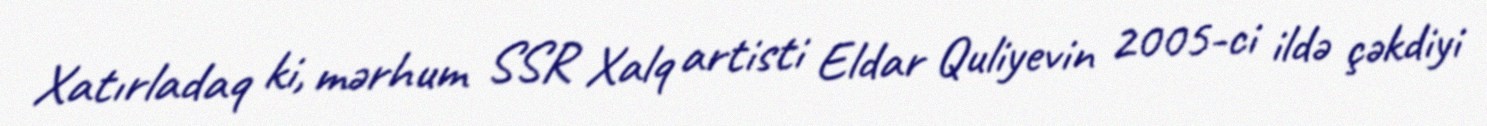
Xatırladaq ki, mərhum SSR Xalq artisti Eldar Quliyevin 2005-ci ildə çəkdiyi